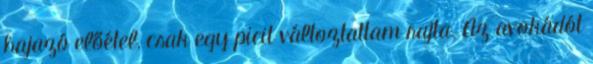
hajazó előétel, csak egy picit változtattam rajta. Az avokádót